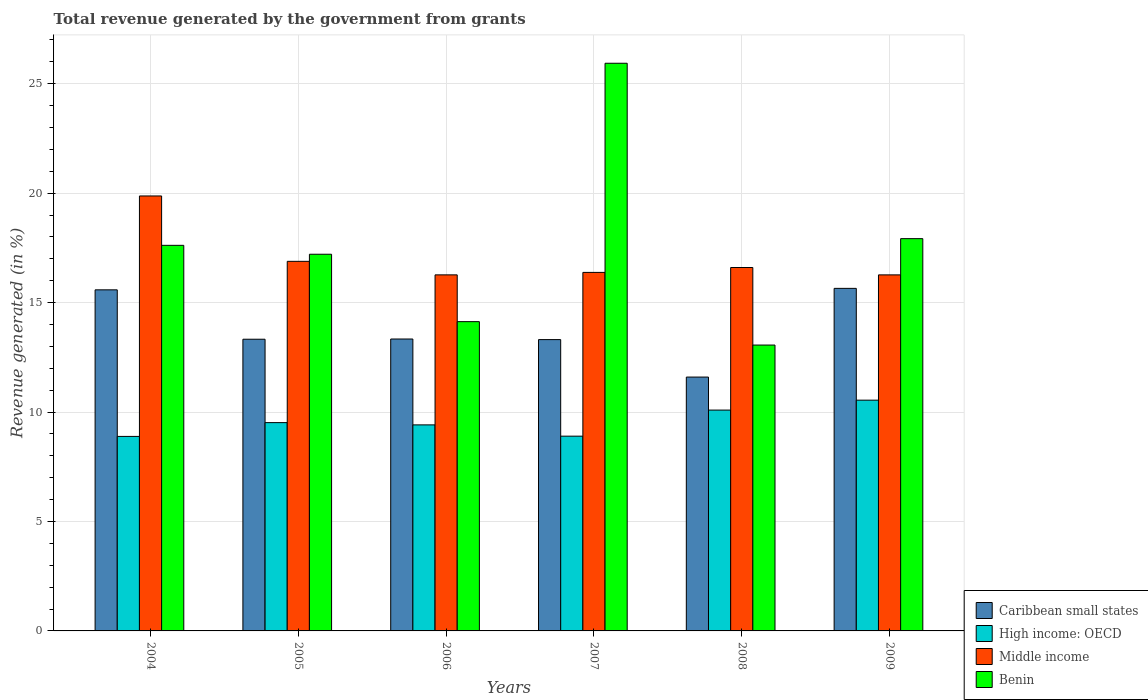
| Years | Caribbean small states | High income: OECD | Middle income | Benin |
 | --- | --- | --- | --- | --- |
 | 2004 | 15.6 | 8.89 | 19.9 | 17.6 |
 | 2005 | 13.3 | 9.52 | 16.9 | 17.2 |
 | 2006 | 13.3 | 9.41 | 16.3 | 14.1 |
 | 2007 | 13.3 | 8.9 | 16.4 | 25.9 |
 | 2008 | 11.6 | 10.1 | 16.6 | 13.1 |
 | 2009 | 15.7 | 10.5 | 16.3 | 17.9 |